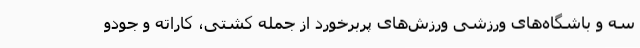
سه و باشگاه‌های ورزشی ورزش‌های پربرخورد از جمله کشتی، کاراته و جودو